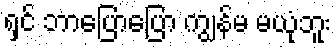
ရှင် ဘာပြောပြော ကျွန်မ မယုံဘူး